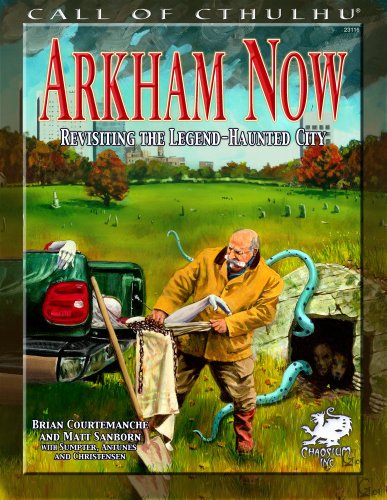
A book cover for Arkham Now: Revisiting the Legend-Haunted City (Call of Cthulhu Roleplaying); Brian Courtemanche; Science Fiction & Fantasy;